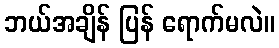
ဘယ်အချိန် ပြန် ရောက်မလဲ။